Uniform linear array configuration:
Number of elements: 48
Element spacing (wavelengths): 0.5
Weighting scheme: binomial
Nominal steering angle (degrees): -60
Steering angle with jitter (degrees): -58.606
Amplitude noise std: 0.05
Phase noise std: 0.05

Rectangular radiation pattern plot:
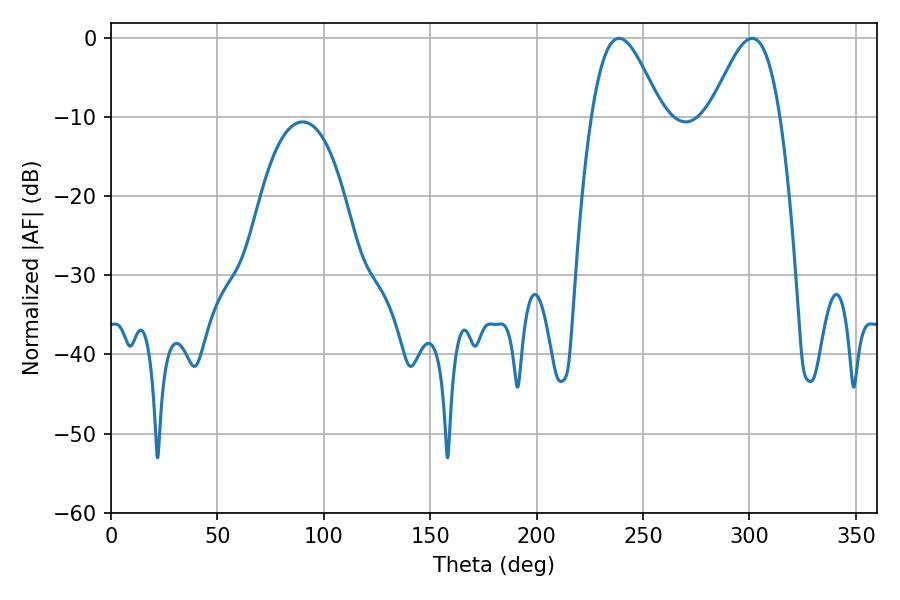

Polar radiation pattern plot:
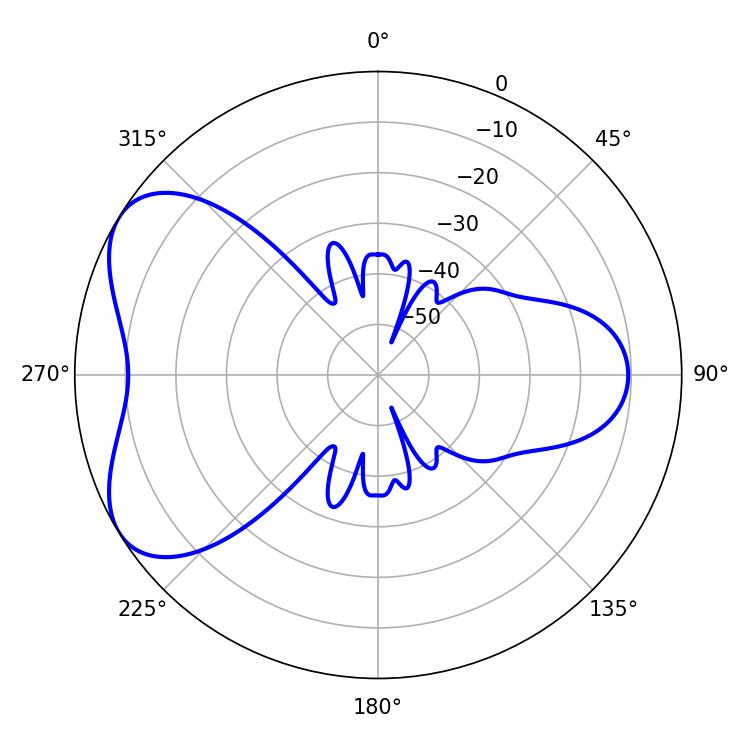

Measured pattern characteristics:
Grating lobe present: FALSE
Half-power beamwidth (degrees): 17.46
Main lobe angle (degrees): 238.68